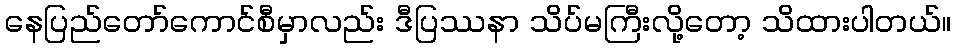
နေပြည်တော်ကောင်စီမှာလည်း ဒီပြဿနာ သိပ်မကြီးလို့တော့ သိထားပါတယ်။